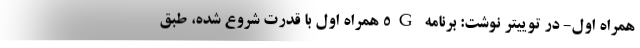
همراه اول- در توییتر نوشت: برنامه 5G همراه اول با قدرت شروع شده، طبق